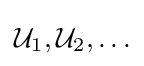
{\mathcal {U}}_{1},{\mathcal {U}}_{2},\ldots